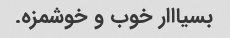
بسیااار خوب و خوشمزه.